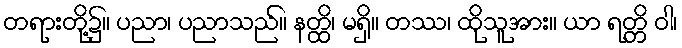
တရားတို့၌။ ပညာ၊ ပညာသည်။ နတ္ထိ၊ မရှိ။ တဿ၊ ထိုသူအား။ ယာ ရတ္တိ ဝါ၊